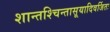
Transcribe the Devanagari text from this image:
शान्तश्चिन्तासूयादिवर्जितः